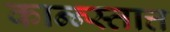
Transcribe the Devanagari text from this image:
कान्न्स्तात्त